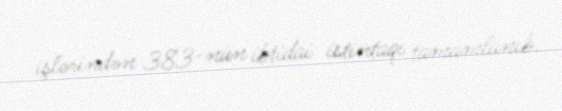
işlərindən 383-nün ibtidai istintaqı tamamlanıb.